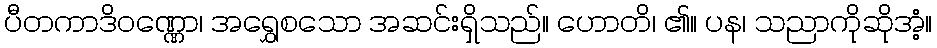
ပီတကာဒိဝဏ္ဏော၊ အရွှေစသော အဆင်းရှိသည်။ ဟောတိ၊ ၏။ ပန၊ သညာကိုဆိုအံ့။